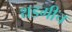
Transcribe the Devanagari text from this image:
थडगीच